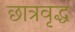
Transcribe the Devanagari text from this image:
छात्रवृद्ध